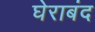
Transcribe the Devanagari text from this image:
घेराबंद